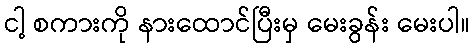
ငါ့ စကားကို နားထောင်ပြီးမှ မေးခွန်း မေးပါ။